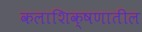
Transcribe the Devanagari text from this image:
कलाशिक्षणातील